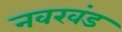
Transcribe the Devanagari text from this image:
नवखंड